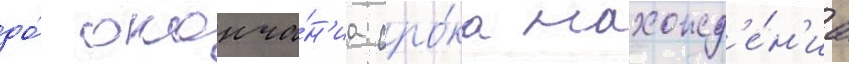
до́ оконча́н'иа сро́ка нахожд'е́н'иа